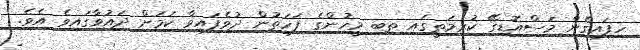
ހިފައިގެން މަސްއޮޑިގޭ ކުރިމަތީގައި ތިބި މީހުންގެ ފަހަތުން ދުވެފައިވާ ކަމަށް ދައުވާގައިވެ އެވެ.